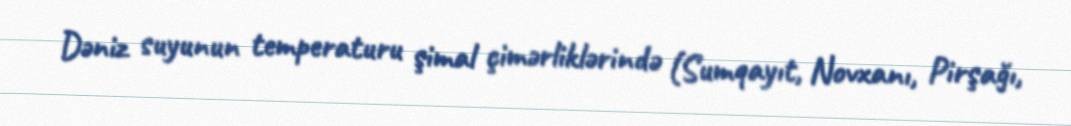
Dəniz suyunun temperaturu şimal çimərliklərində (Sumqayıt, Novxanı, Pirşağı,